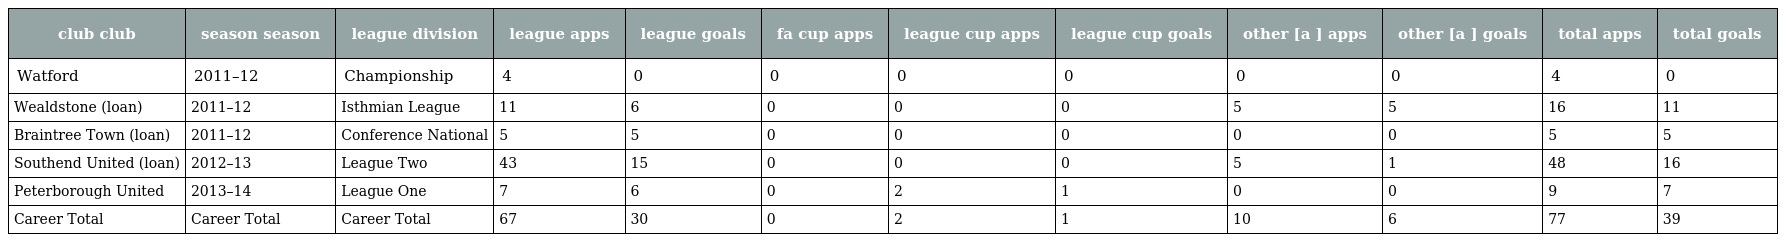
| club club | season season | league division | league apps | league goals | fa cup apps | league cup apps | league cup goals | other [a ] apps | other [a ] goals | total apps | total goals |
 | --- | --- | --- | --- | --- | --- | --- | --- | --- | --- | --- | --- |
 | Watford | 2011–12 | Championship | 4 | 0 | 0 | 0 | 0 | 0 | 0 | 4 | 0 |
 | Wealdstone (loan) | 2011–12 | Isthmian League | 11 | 6 | 0 | 0 | 0 | 5 | 5 | 16 | 11 |
 | Braintree Town (loan) | 2011–12 | Conference National | 5 | 5 | 0 | 0 | 0 | 0 | 0 | 5 | 5 |
 | Southend United (loan) | 2012–13 | League Two | 43 | 15 | 0 | 0 | 0 | 5 | 1 | 48 | 16 |
 | Peterborough United | 2013–14 | League One | 7 | 6 | 0 | 2 | 1 | 0 | 0 | 9 | 7 |
 | Career Total | Career Total | Career Total | 67 | 30 | 0 | 2 | 1 | 10 | 6 | 77 | 39 |